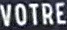
VOTRE